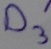
Text: D3